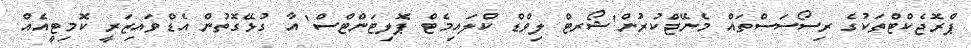
ޕްރޮޖެކްޓްތަކުގެ ރިސޯސަސްތައް މެނޭޖްކުރުން'ޝޯރޓް ލިވްޑް ކްލައިމެޓް ޕޮލިޓަންޓްސް' އާ ގުޅޭގޮތުން އެޑްވައިޒަރީ ކޮމިޓީއެއް